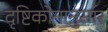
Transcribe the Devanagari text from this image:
दृष्टिकोनानुसार